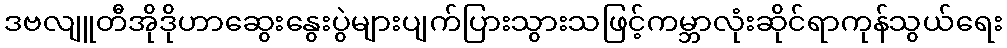
ဒဗလျူတီအိုဒိုဟာဆွေးနွေးပွဲများပျက်ပြားသွားသဖြင့်ကမ္ဘာလုံးဆိုင်ရာကုန်သွယ်ရေး